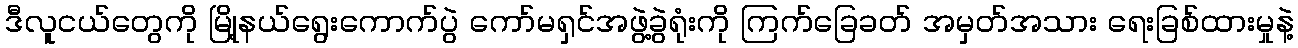
ဒီလူငယ်တွေကို မြို့နယ်ရွေးကောက်ပွဲ ကော်မရှင်အဖွဲ့ခွဲရုံးကို ကြက်ခြေခတ် အမှတ်အသား ရေးခြစ်ထားမှုနဲ့